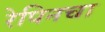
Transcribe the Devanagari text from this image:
रेपिनचा